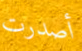
أصدرت